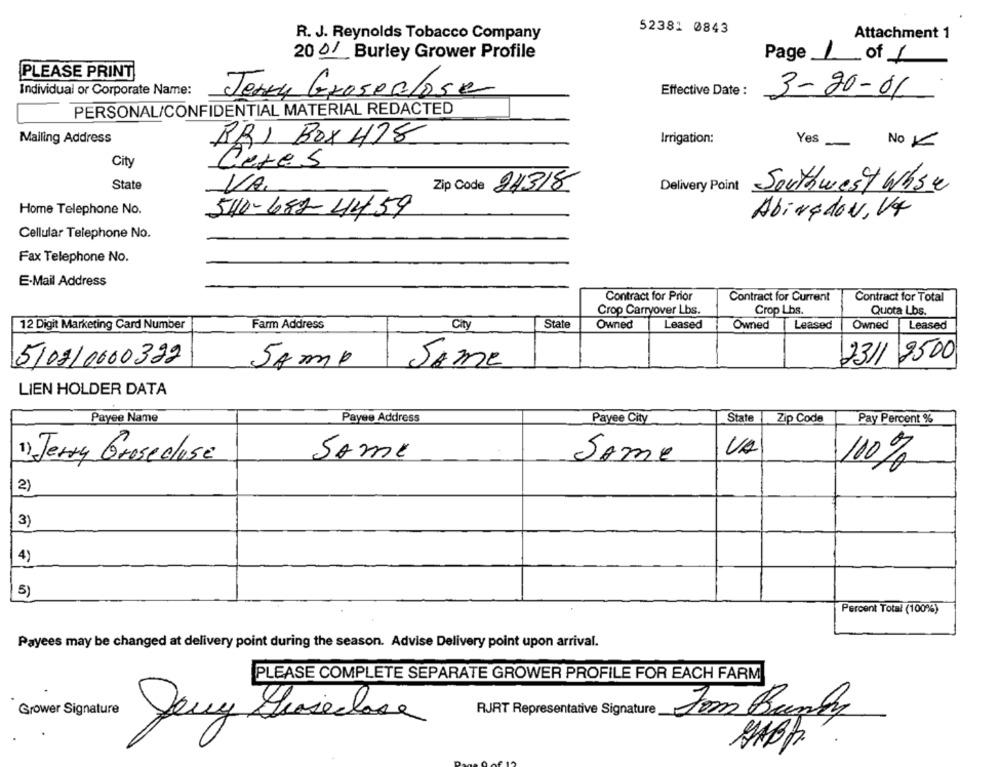
52381 0843
R. J. Reynolds Tobacco Company
Attachment 1
2001 Burley Grower Profile
Page
1 of 1
PLEASE PRINT
Individual or Corporate Name:
Effective Date :
3-20-01
Jerzy Groseclose
PERSONAL/CONFIDENTIAL MATERIAL REDACTED
Mailing Address
RBI Box 478
Irrigation:
Yes
No VE
City
Ceres
State
VA.
Zip Code 24318
Delivery Point
Southwest Whse
Home Telephone No.
540-682-4459
Abingdon, Ve
Cellular Telephone No.
Fax Telephone No.
E-Mail Address
Contract for Prior
Contract for Current
Contract for Total
Crop Carryover Lbs.
Crop Lbs.
Quota Lbs.
12 Digit Marketing Card Number
Farm Address
City
State
Owned
Leased
Owned
Leased
Owned
Leased
5/08/0000392
2311 9500
Same Same
LIEN HOLDER DATA
Payee Name
Payee Address
Payee City
State
Zip Code
Pay Percent %
VA
Jerry Grosecluse
SAME
Some
100%
2)
3)
4)
5)
Percent Total (100%)
Payees may be changed at delivery point during the season. Advise Delivery point upon arrival.
PLEASE COMPLETE SEPARATE GROWER PROFILE FOR EACH FARM
Grower Signature
RJRT Representative Signature
Deny Gioseclase
Tom Barry
HABA